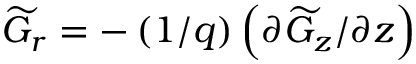
\widetilde { G } _ { r } = - \left( 1 / q \right) \left( \partial \widetilde { G } _ { z } / \partial z \right)